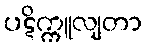
ပဋိက္ကူလျတာ